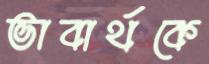
ভাবার্থকে